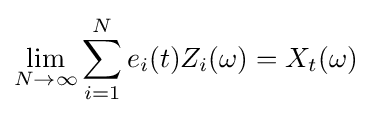
\lim _{N\to \infty }\sum _{i=1}^{N}e_{i}(t)Z_{i}(\omega )=X_{t}(\omega )